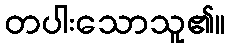
တပါးသောသူ၏။